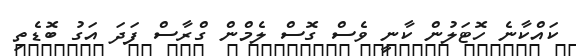
ކައްކާނެ ހޮޓަލުން ކާނީ ވެސް ގޮސް ލެމްން ގްރާސް ފަދަ އަގު ބޮޑެތި